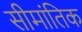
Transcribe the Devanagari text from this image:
सीमांतिक